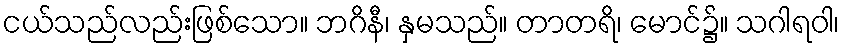
ငယ်သည်လည်းဖြစ်သော။ ဘဂိနီ၊ နှမသည်။ တာတရိ၊ မောင်၌။ သဂါရဝါ၊